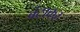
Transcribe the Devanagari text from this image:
बंटाकर